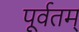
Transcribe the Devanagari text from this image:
पूर्वतम्